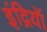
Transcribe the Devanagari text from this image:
इंद्रियॉ